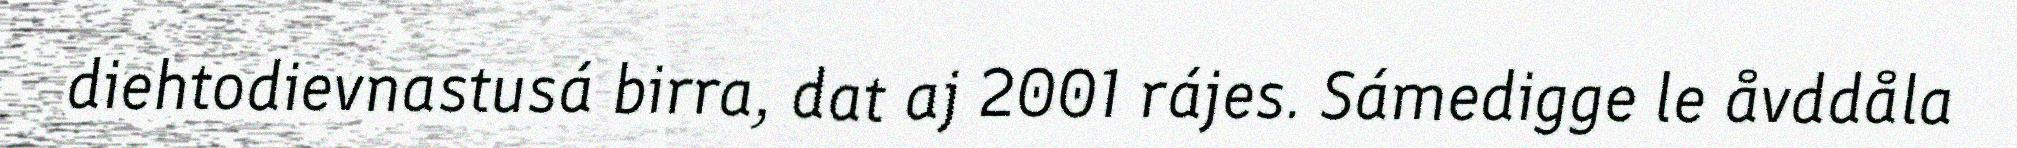
diehtodievnastusá birra, dat aj 2001 rájes. Sámedigge le åvddåla